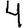
Digit: 4